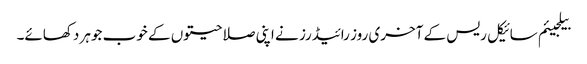
بیلجیئم سائیکل ریس کے آخری روز رائیڈرز نے اپنی صلاحیتوں کے خوب جوہر دکھائے۔